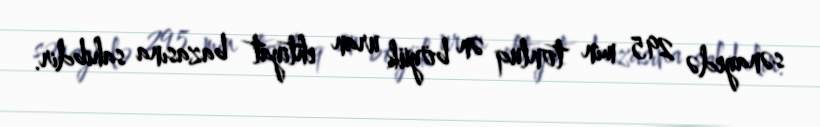
sənayedə 295 min tonluq ən böyük uran ehtiyat bazasına sahibdir.